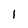
Character: 1